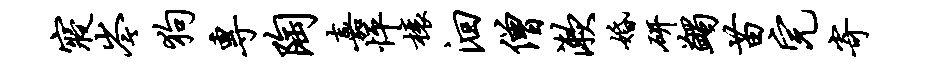
寝岑狗专陶嘉怦榱洄僧漱婚研蠲苗完寄